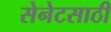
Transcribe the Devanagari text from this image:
सेनेटसाठी